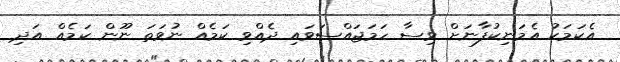
އެކަމަކު އެމަނިކުފާނަށް ވިސާ ހަމަޖައްސަވައި ދެއްވި ކަމެއް ނުވަތަ ނޫން ކަމެއް އަދި